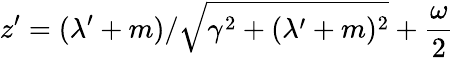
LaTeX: z^{\prime}=(\lambda^{\prime}+m)/\sqrt{\gamma^{2}+(\lambda^{\prime}+m)^{2}}+\frac{\omega}{2}